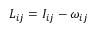
L _ { i j } = I _ { i j } - \omega _ { i j }